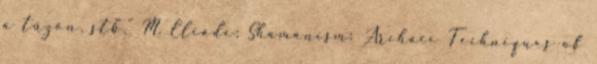
a tűzön, stb." M. Eliade; Shamanism: Archaic Techniques of